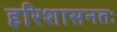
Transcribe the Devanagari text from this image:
हरिशासनतः